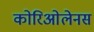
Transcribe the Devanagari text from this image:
कोरिओलेनस